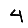
Digit: 4